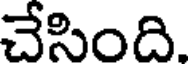
చేసింది.